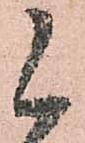
候